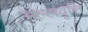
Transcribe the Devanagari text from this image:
मल्लवृत्ति